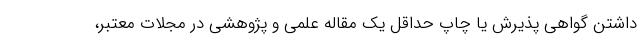
داشتن گواهی پذیرش یا چاپ حداقل یک مقاله علمی و پژوهشی در مجلات معتبر،